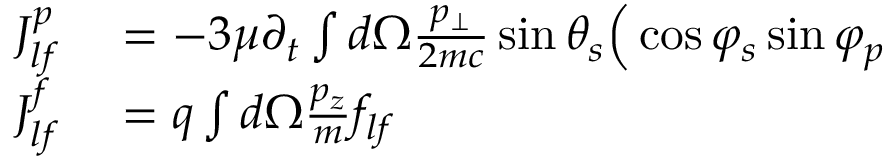
\begin{array} { r l } { J _ { l f } ^ { p } } & { { } = - 3 \mu \partial _ { t } \int d \Omega \frac { p _ { \bot } } { 2 m c } \sin \theta _ { s } \Big ( \cos \varphi _ { s } \sin \varphi _ { p } } \\ { J _ { l f } ^ { f } } & { { } = q \int d \Omega \frac { p _ { z } } { m } f _ { l f } } \end{array}